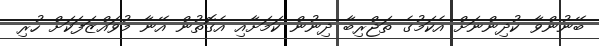
ބޭނުންވާ ކުދިންނަށް އެކަމުގެ ތަޖްރިބާ ދިނުން ކަމަށާއި އެގޮތުން އޭނާ މުވައްޒަފަކަށް ހުރި